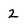
Character: 2